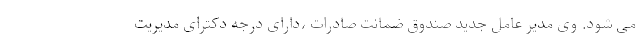
می شود. وی مدیر عامل جدید صندوق ضمانت صادرات ،دارای درجه دکترای مدیریت